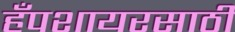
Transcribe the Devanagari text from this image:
हँपशायरसाठी